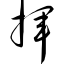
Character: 挥